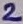
Text: 2